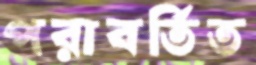
পরাবর্তিত